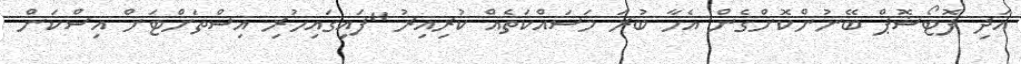
އަދި ފޮޓޯޝޮޕް ބޭނުންކޮށްގެން އެހާ ބުރަ މަސައްކަތެއް ކުރިއިރު "ފައިގައިހުރި އިސްތަށްޓަށް އިސްކަން